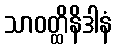
သာဝတ္ထိနိဒါနံ